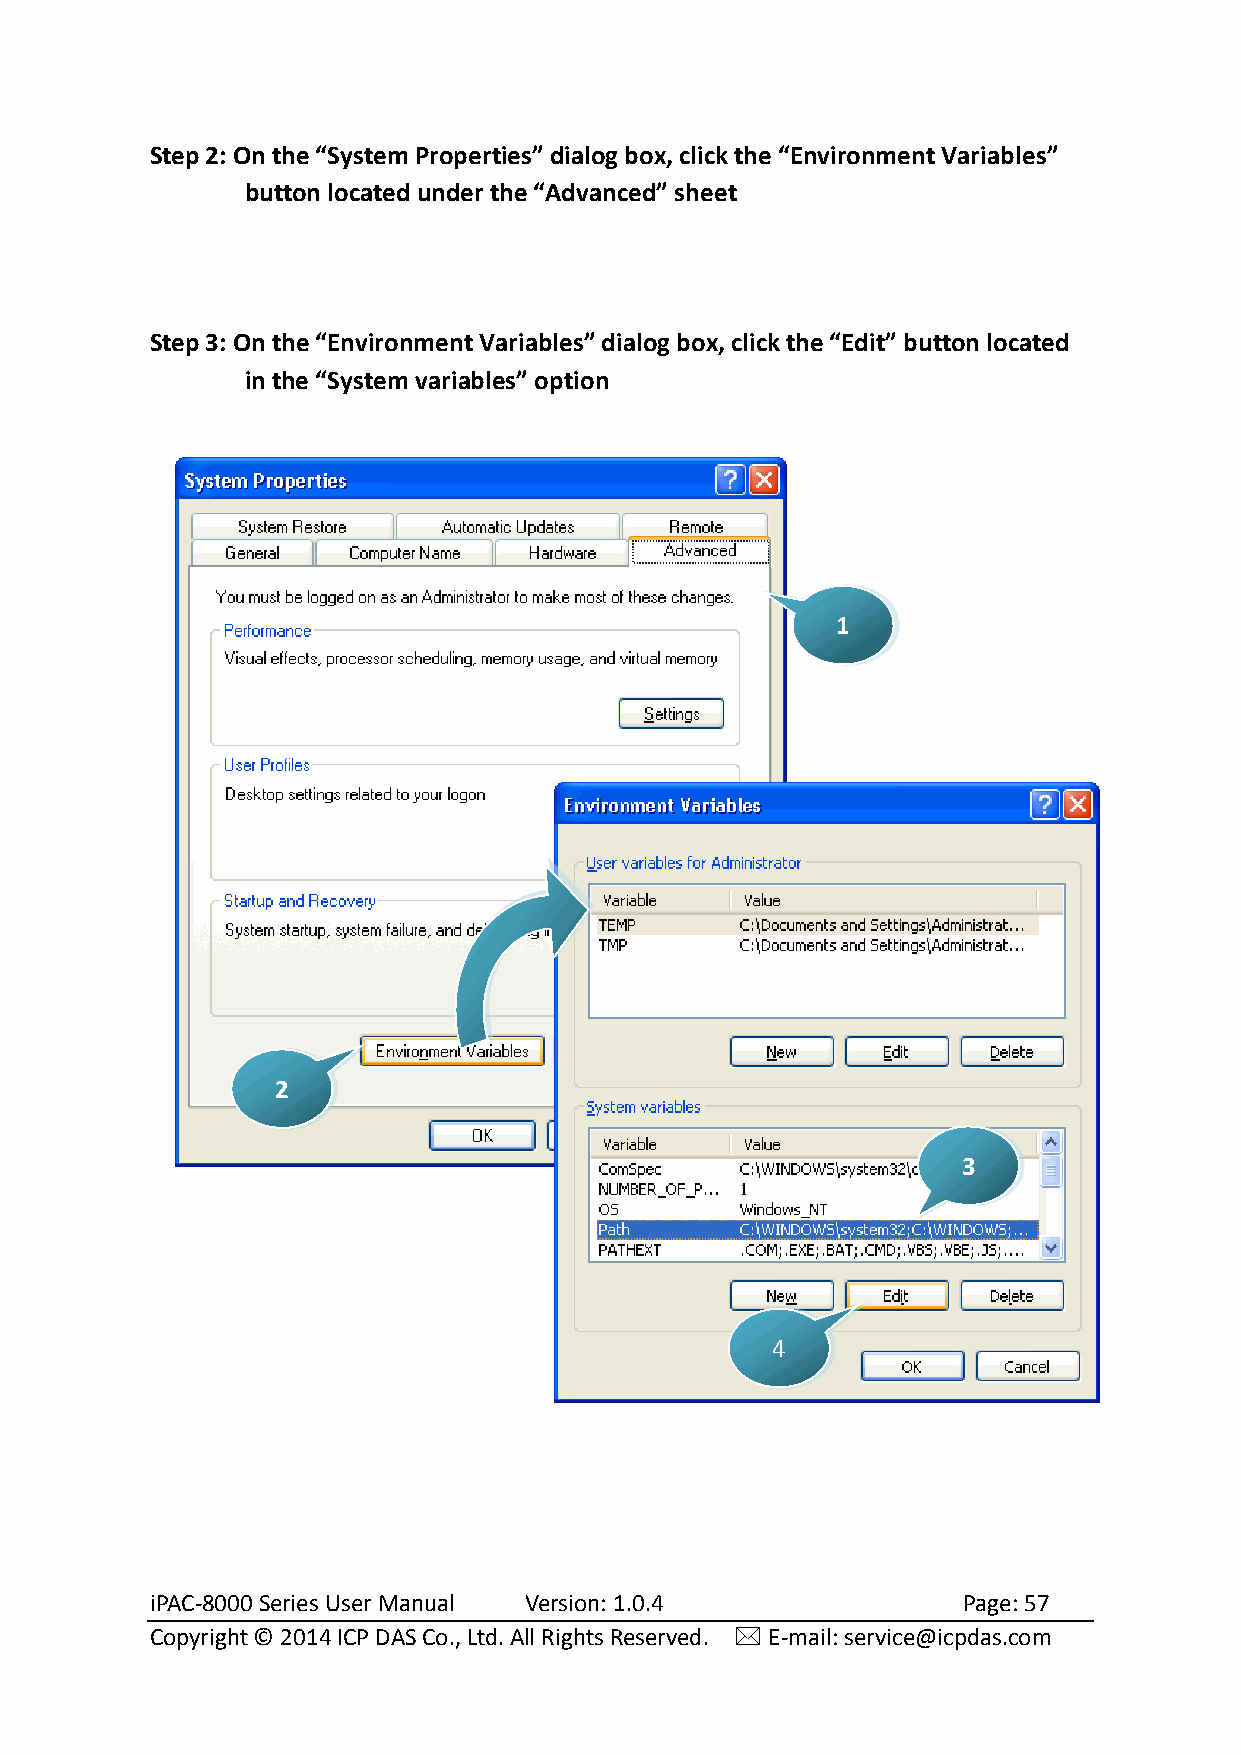
Step 2: On the “System Properties” dialog box, click the “Environment Variables”
 button located under the “Advanced” sheet
 Step 3: On the “Environment Variables” dialog box, click the “Edit” button located
 in the “System variables” option
 1
 2
 3
 4
 iPAC-8000 Series User Manual Version: 1.0.4           Page: 57
 Copyright © 2014 ICP DAS Co., Ltd. All Rights Reserved.  E-mail: service@icpdas.com